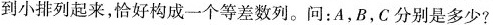
到小排列起来，恰好构成一个等差数列。问：A，B，C分别是多少?